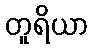
တူရိယာ